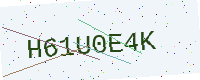
Text: H61U0E4K